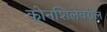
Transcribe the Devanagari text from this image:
कोनशिलेवरील